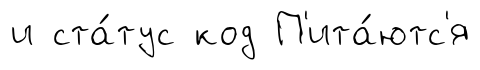
и ста́тус код П'ита́ютс'я